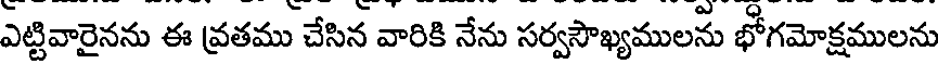
ఎట్టివారైనను ఈ వ్రతము చేసిన వారికి నేను సర్వసౌఖ్యములను భోగమోక్షములను